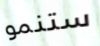
ستنمو